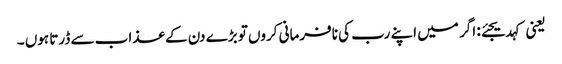
یعنی کہدیجئے: اگر میں اپنے رب کی نافرمانی کروں تو بڑے دن کے عذاب سے ڈرتا ہوں ۔